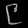
Digit: ၉